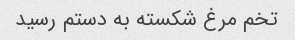
تخم مرغ شکسته به دستم رسید